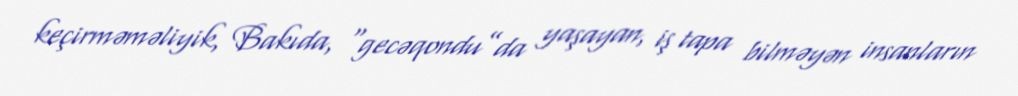
keçirməməliyik, Bakıda, “gecəqondu”da yaşayan, iş tapa bilməyən insanların